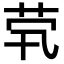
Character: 茕